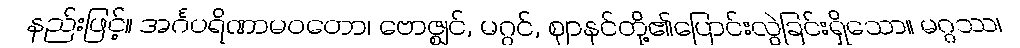
နည်းဖြင့်။ အင်္ဂပရိဏာမဝတော၊ ဗောဇ္ဈင်, မဂ္ဂင်, ဈာနင်တို့၏ပြောင်းလွဲခြင်းရှိသော။ မဂ္ဂဿ၊